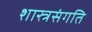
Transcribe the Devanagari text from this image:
शास्त्रसंगति